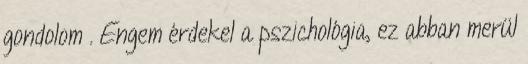
gondolom . Engem érdekel a pszichológia, ez abban merül